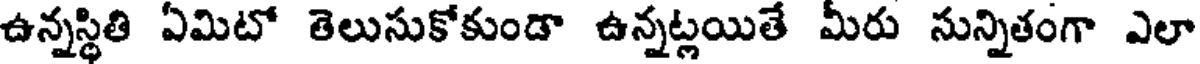
ఉన్నస్థితి ఏమిటో తెలుసుకోకుండా ఉన్నట్లయితే మీరు సున్నితంగా ఎలా